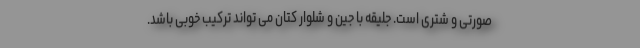
صورتی و شتری است. جلیقه با جین و شلوار کتان می تواند ترکیب خوبی باشد.